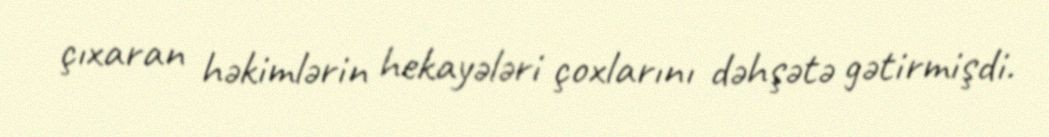
çıxaran həkimlərin hekayələri çoxlarını dəhşətə gətirmişdi.